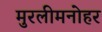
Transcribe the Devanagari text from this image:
मुरलीमनोहर